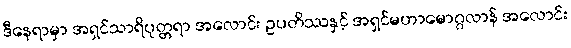
ဒီနေရာမှာ အရှင်သာရိပုတ္တရာ အလောင်း ဥပတိဿနှင့် အရှင်မဟာမောဂ္ဂလာန် အလောင်း